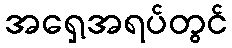
အရှေ့အရပ်တွင်